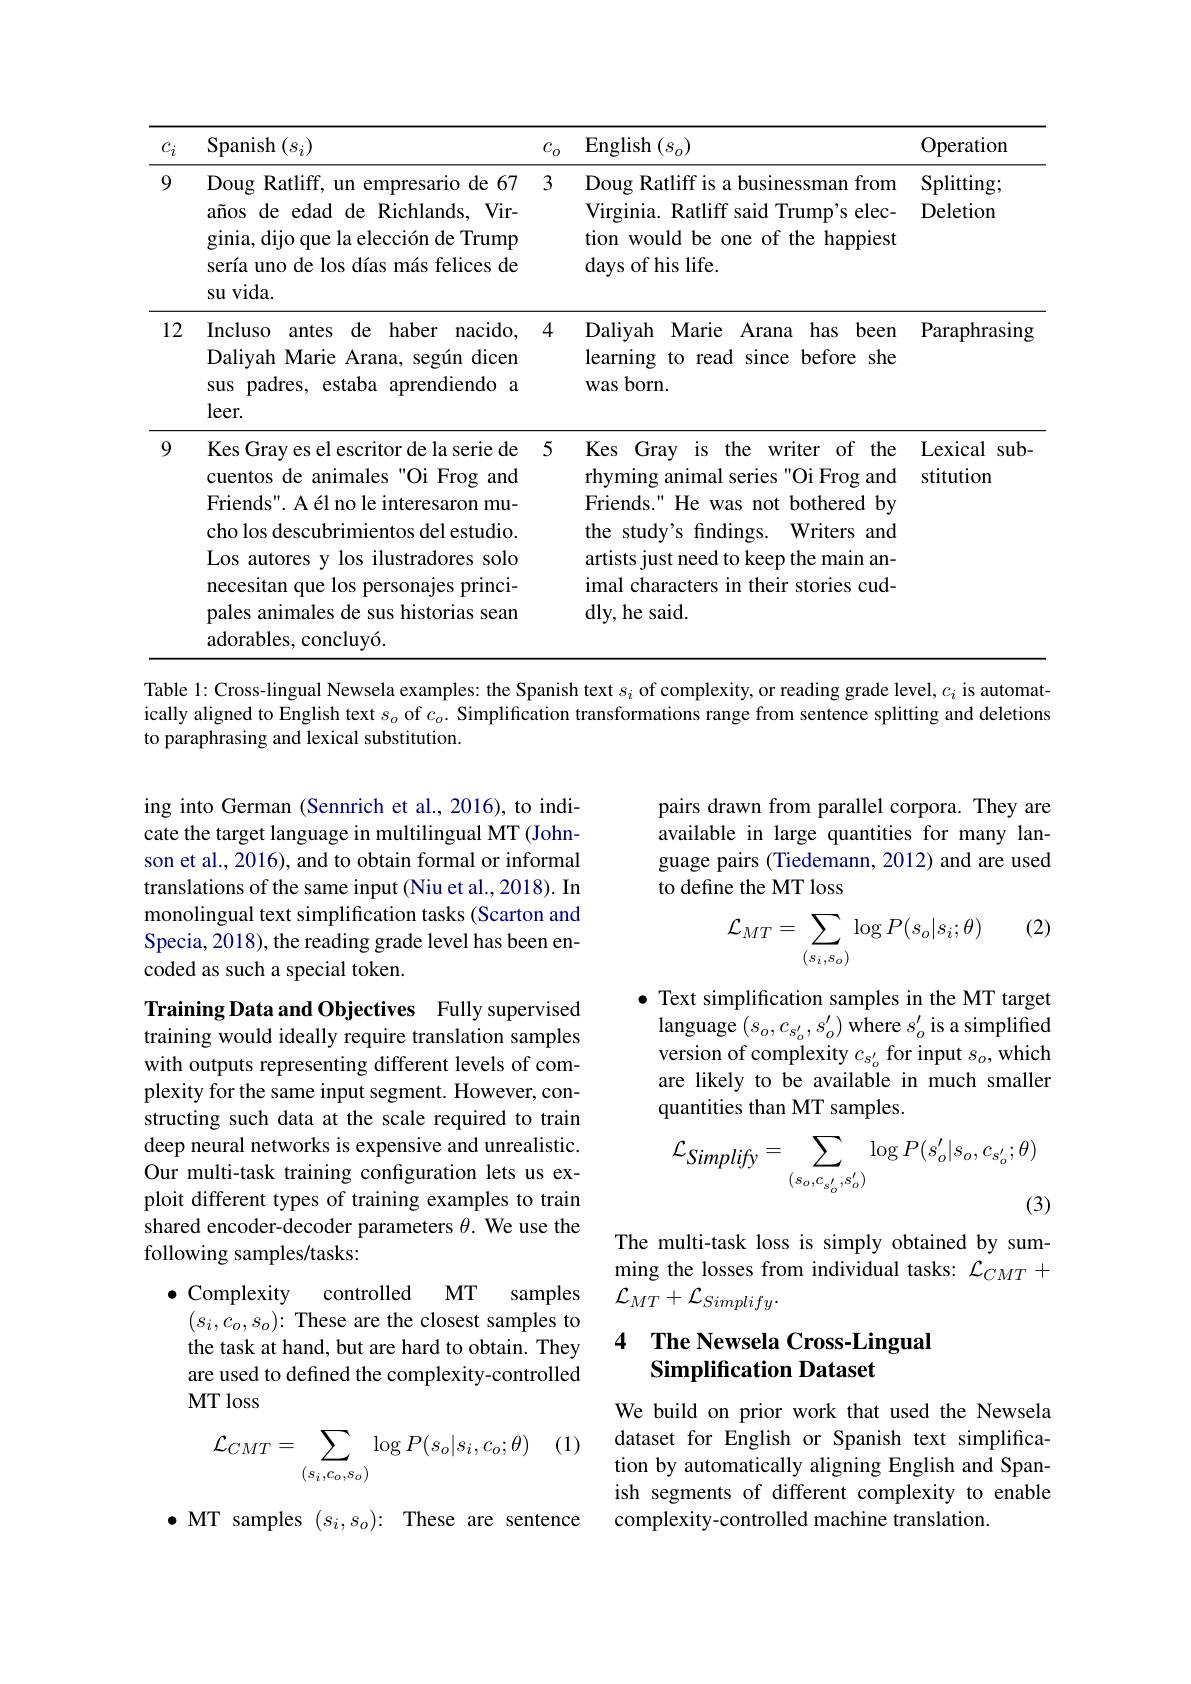
<table>
	<tbody>
		<tr>
			<th>$c_i$</th>
			<th>Spanish$(s_i)$</th>
			<th>$c_o$</th>
			<th>$\operatorname{English}(s_{o})$</th>
			<th>Operation</th>
		</tr>
		<tr>
			<td>9</td>
			<td>Doug Ratliff, un empresario de 67 años de edad de Richlands, Vir- ginia, dijo que la elección de Trump sería uno de los días más felices de $suvida.$</td>
			<td>3</td>
			<td>Doug Ratliff is a businessman from Virginia. Ratliff said Trump's elec- tion would be one of the happiest days of his life.</td>
			<td>Splitting; Deletion</td>
		</tr>
		<tr>
			<td>12</td>
			<td>Incluso $\therefore$ antes de haber nacido, Daliyah Marie Arana, según dicen sus padres, estaba aprendiendo a $leer.$</td>
			<td>4</td>
			<td>Daliyah Marie Arana has been learning to read since before she was born.</td>
			<td>Paraphrasing</td>
		</tr>
		<tr>
			<td>9</td>
			<td>Kes Gray es el escritor de la serie de cuentos de animales"Oi Frog and Friends". A él no le interesaron mu- cho los descubrimientos del estudio. Los autores y los ilustradores solo necesitan que los personajes princi- pales animales de sus historias sean adorables, concluyó.</td>
			<td>5</td>
			<td>Kes Gray is the writer of the rhyming animal series "Oi Frog and Friends." He was not bothered by the study's findings. Writers and artists just need to keep the main an- imal characters in their stories cud- dly, he said.</td>
			<td>Lexical sub stitution</td>
		</tr>
	</tbody>
</table>

Table 1: Cross-lingual Newsela examples: the Spanish text $s_i$ of complexity, or reading grade level, $c_i$ is automatically aligned to English text $s_o$ of $c_o.$ Simplification transformations range from sentence splitting and deletions to paraphrasing and lexical substitution.

pairs drawn from parallel corpora. They are available in large quantities for many language pairs (Tiedemann, 2012) and are used to define the MT loss

ing into German (Sennrich et al., 2016), to indicate the target language in multilingual MT (Johnson et al., 2016), and to obtain formal or informal translations of the same input (Niu et al., 2018). In monolingual text simplification tasks (Scarton and Specia, 2018), the reading grade level has been encoded as such a special token.

(2)
$$\mathcal{L}_{MT}=\sum_{(s_i,s_o)}\log P(s_o|s_i;\theta)$$
$\bullet$ Text simplification samples in the MT target
language $(s_o,c_{s_o^{\prime}},s_o^{\prime})$ where $s_o^{\prime}$ is a simplified version of complexity $c_{s_o^{\prime}}$ for input $s_o$,which are likely to be available in much smaller quantities than MT samples.

Training Data and Objectives Fully supervised training would ideally require translation samples with outputs representing different levels of complexity for the same input segment. However, constructing such data at the scale required to train deep neural networks is expensive and unrealistic. Our multi-task training configuration lets us exploit different types of training examples to train shared encoder-decoder parameters $\theta.$ We use the following samples/tasks:
$$\mathcal{L}_{Simplify}=\sum_{(s_o,c_{s_o'},s_o')}\log P(s_o'|s_o,c_{s_o'};\theta)$$
(3)

The multi-task loss is simply obtained by summing the losses from individual tasks: $\mathcal{L}_CMT+$ $\mathcal{L}_{MT}^{\smile}+\mathcal{L}_{Simplify}.$
$\begin{aligned}&(s_i,c_o,s_o){:}\text{These are the closest samples to}\\&\text{the task at hand,but are hard to obtain. They}&4&\textbf{The Newsela Cross-Lingual}\end{aligned}$

### Simplification Dataset

Complexity controlled MT samples the task at hand, but are hard to obtain. They are used to defined the complexity-controlled MT loss

(1)
$$\mathcal{L}_{CMT}=\sum_{(s_i,c_o,s_o)}\log P(s_o|s_i,c_o;\theta)$$
We build on prior work that used the Newsela dataset for English or Spanish text simplification by automatically aligning English and Spanish segments of different complexity to enable complexity-controlled machine translation.

$\bullet$ MT samples $(s_i,s_o){:}$ These are sentence